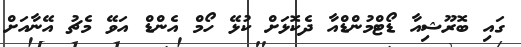
ގައި ބޮރޫޝިއާ ޑޯޓްމުންޑްއާ ދެކޮޅަށް ކުޅޭ ހޯމް އެންޑް އަވޭ މެޗު އޭނާއަށް